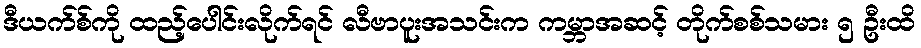
ဒီယက်စ်ကို ထည့်ပေါင်းလိုက်ရင် လီဗာပူးအသင်းက ကမ္ဘာအဆင့် တိုက်စစ်သမား ၅ ဦးထိ